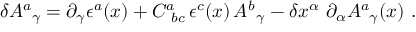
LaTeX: \delta A _ { \, \ \gamma } ^ { a } = \partial _ { \gamma } \epsilon ^ { a } ( x ) + C _ { \ b c } ^ { a } \, \epsilon ^ { c } ( x ) \, A _ { \, \ \gamma } ^ { b } - \delta x ^ { \alpha } \ \partial _ { \alpha } A _ { \, \ \gamma } ^ { a } ( x ) \ .